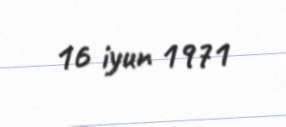
16 iyun 1971